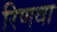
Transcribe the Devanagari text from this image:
रिणवा